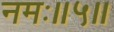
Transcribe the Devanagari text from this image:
नमः॥५॥